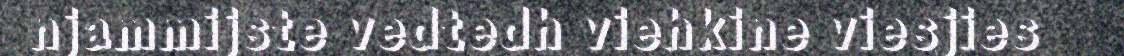
njammijste vedtedh viehkine viesjies